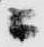
ニ